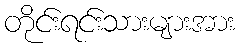
တိုင်းရင်းသားများအား